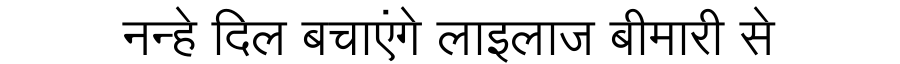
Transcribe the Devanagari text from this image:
नन्हे दिल बचाएंगे लाइलाज बीमारी से